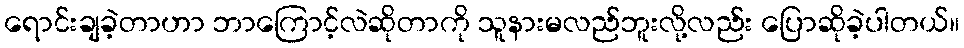
ရောင်းချခဲ့တာဟာ ဘာကြောင့်လဲဆိုတာကို သူနားမလည်ဘူးလို့လည်း ပြောဆိုခဲ့ပါတယ်။